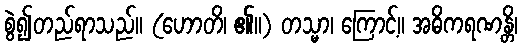
စွဲ၍တည်ရာသည်။ (ဟောတိ၊ ၏။) တသ္မာ၊ ကြောင့်။ အဓိကရဏန္တိ၊